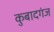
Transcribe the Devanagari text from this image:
कुबादगंज